65_HS1-834228961_62-HQ-83894_Section_3
Agency: FBI
Page 67
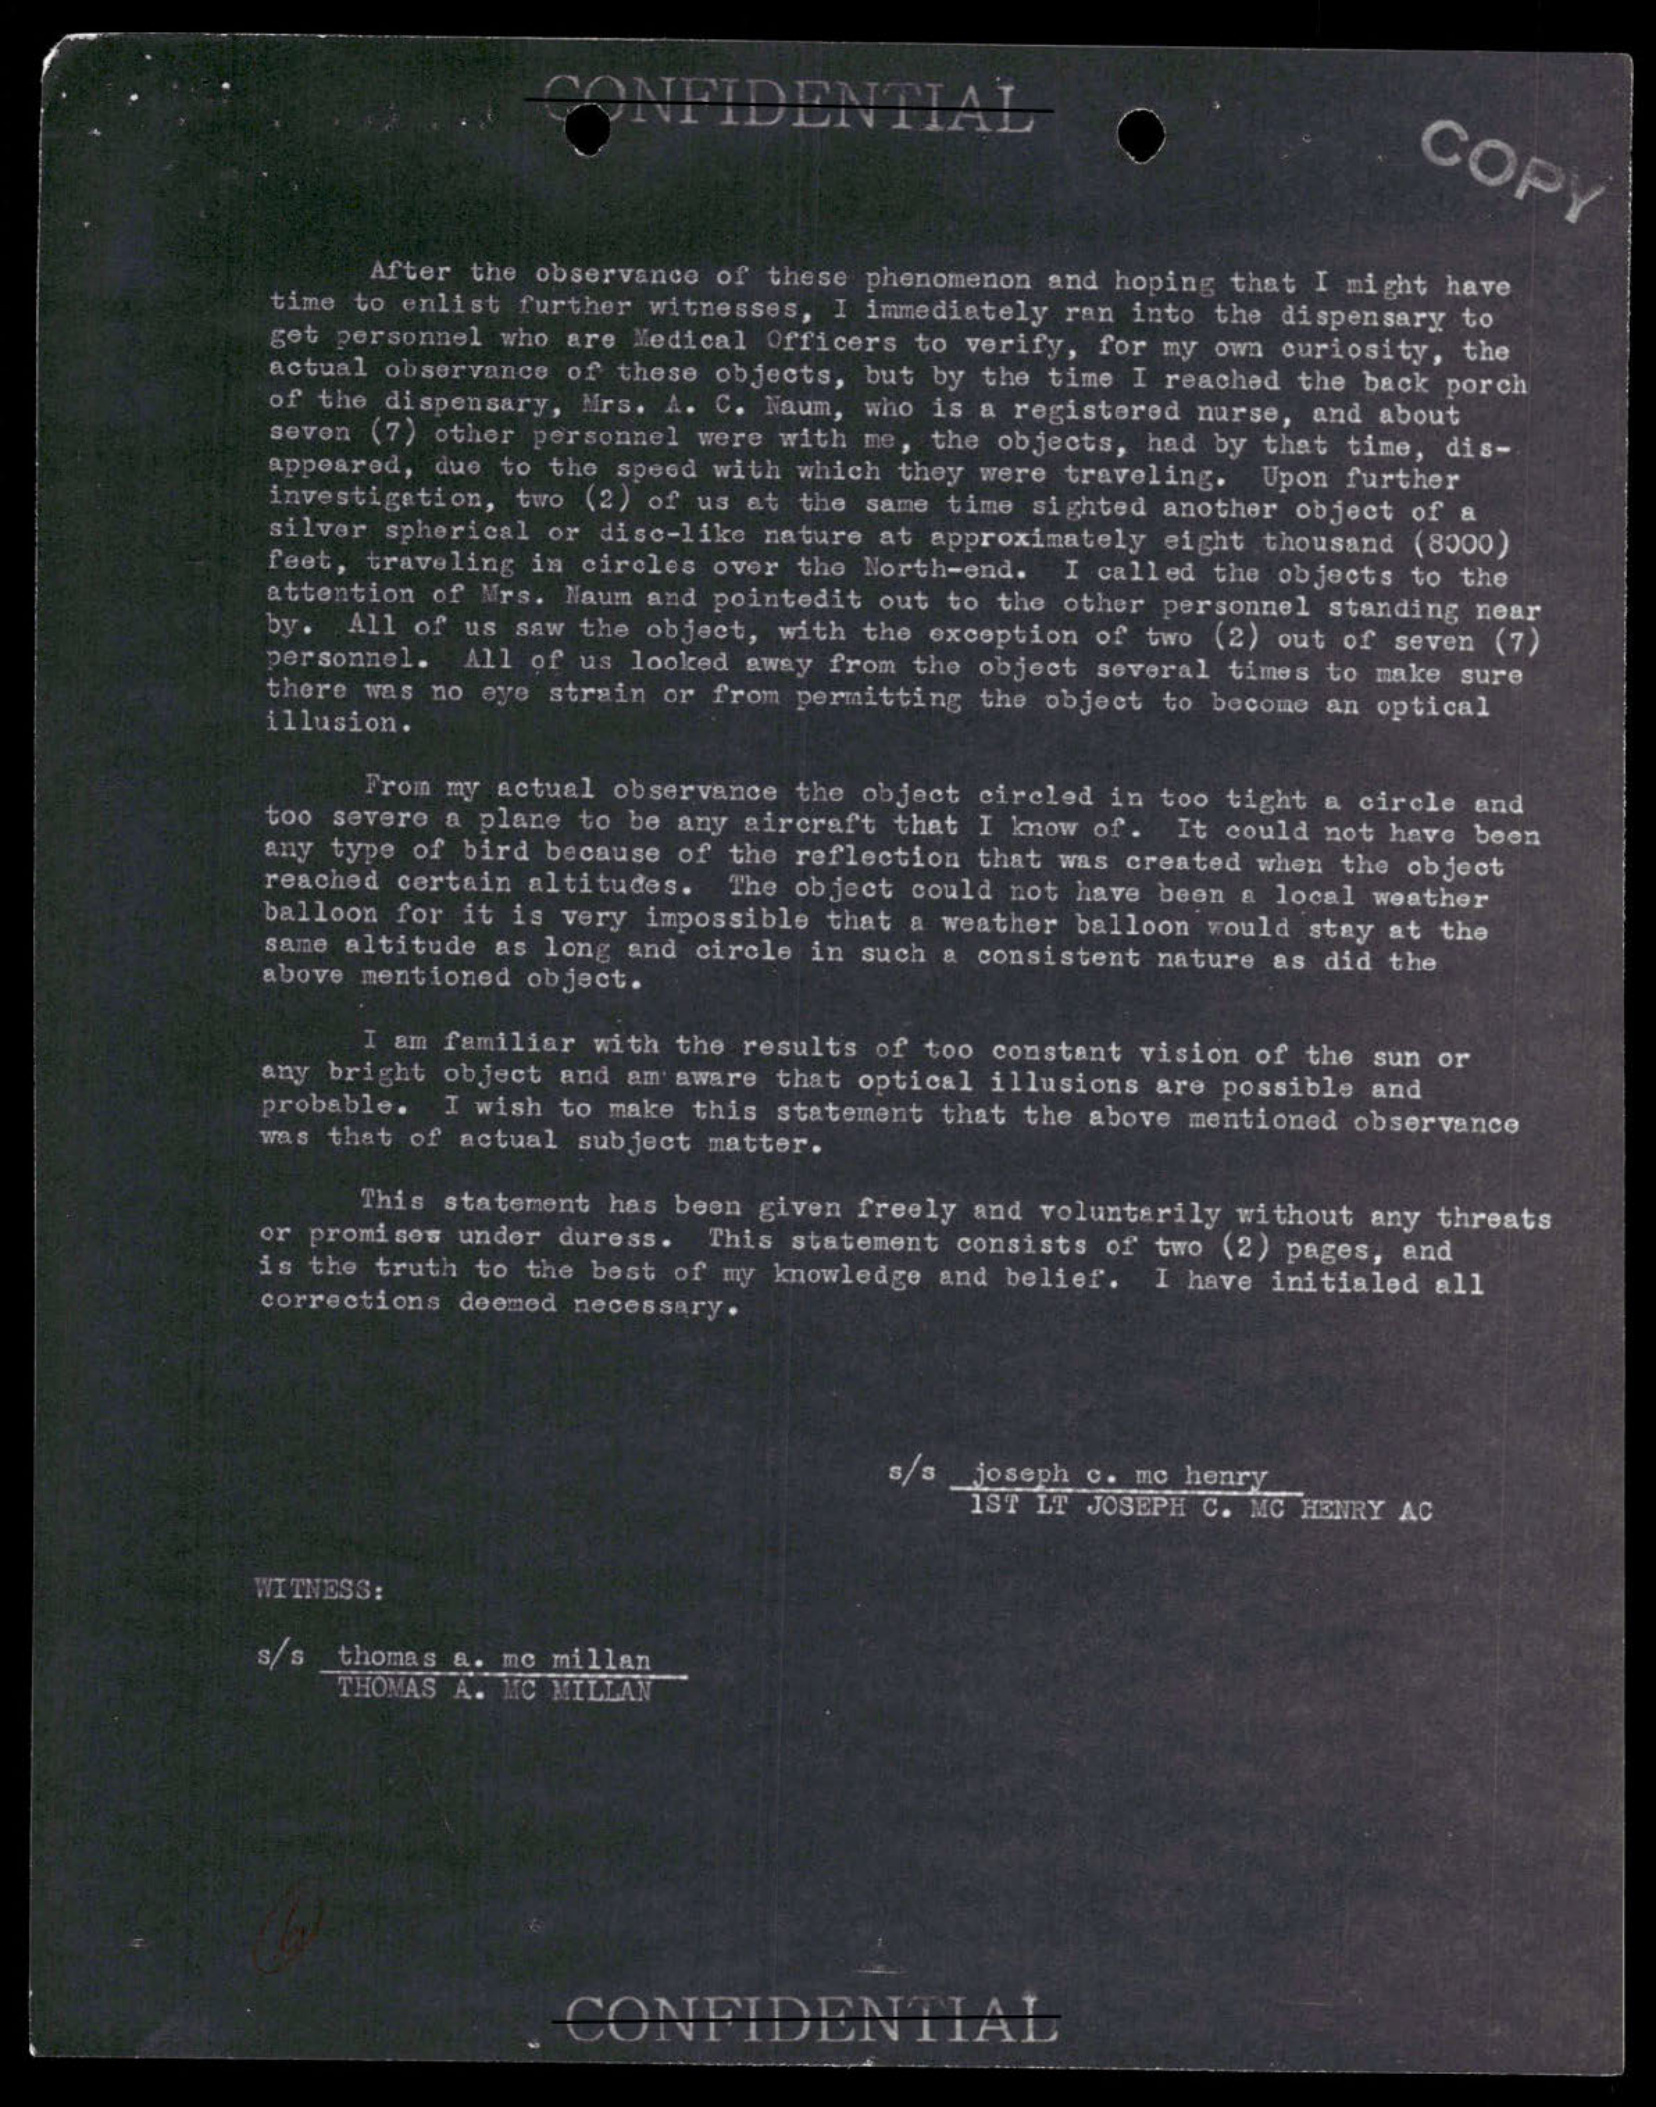